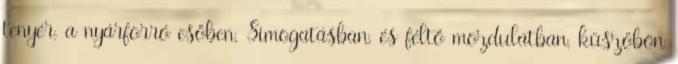
tenyér, a nyárforró esőben, Simogatásban, és féltő mozdulatban, küszöbön